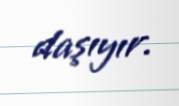
daşıyır.